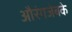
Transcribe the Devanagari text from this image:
औरंगजेबके